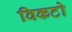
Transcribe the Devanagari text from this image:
विकटो